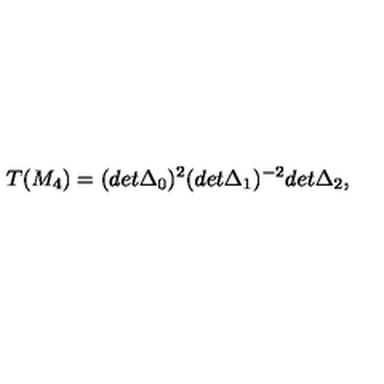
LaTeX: T ( M _ { 4 } ) = ( d e t \Delta _ { 0 } ) ^ { 2 } ( d e t \Delta _ { 1 } ) ^ { - 2 } d e t \Delta _ { 2 } ,